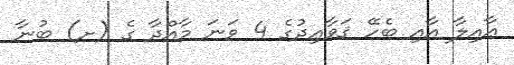
ޢާއިލާ އާއި ބެހޭ ޤަވާޢިދުގެ 4 ވަނަ މާއްދާ ގެ (ށ) ބުނާ